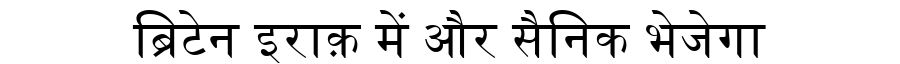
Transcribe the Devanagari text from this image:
ब्रिटेन इराक़ में और सैनिक भेजेगा